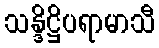
သန္ဒိဋ္ဌိပရာမာသီ